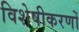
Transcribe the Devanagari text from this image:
विशेषीकरणों